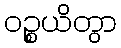
ဝဉ္စယိတွာ